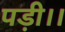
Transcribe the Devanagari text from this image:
पड़ी।।